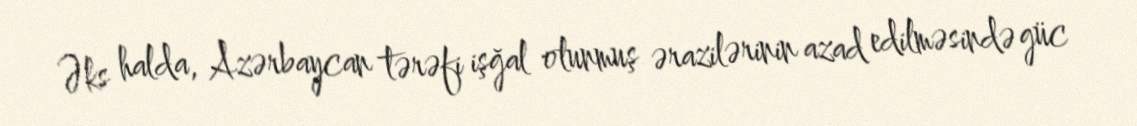
Əks halda, Azərbaycan tərəfi işğal olunmuş ərazilərinin azad edilməsində güc